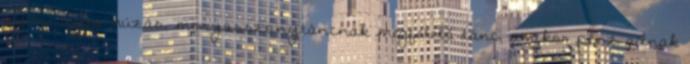
gyűrű ujjra húzás, menyasszonytáncnak megfelelő tánc, amikor pénz adnak